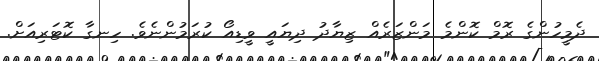
ދެމީހުންގެ ރޮމް ކޮންމެ މަންޒަރެއް ޒިޔާދު ދިޔައީ ވީޑިއޯ ކުރަމުންނެވެ. ހިނގާ ކޮޓަރިއަށް.